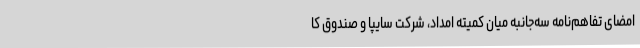
امضای تفاهم‌نامه سه‌جانبه میان کمیته امداد، شرکت سایپا و صندوق کا